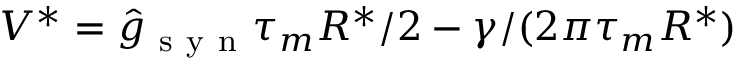
V ^ { * } = \hat { g } _ { \mathrm { ~ s ~ y ~ n ~ } } \tau _ { m } R ^ { * } / 2 - \gamma / ( 2 \pi \tau _ { m } R ^ { * } )